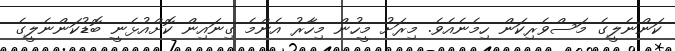
ކަންނެލީގެ މަސްވެރިކަން ހިމެނެއެވެ. މިރަށު މީހުން މިހާރު އެންމެ ގިނައިން ކޮށްއުޅެނީ ބޮޑުކަންނެލީގެ